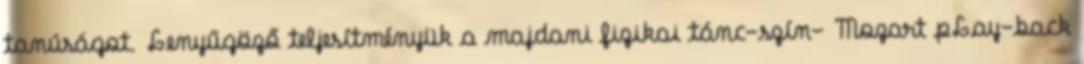
tanúságot. Lenyűgöző teljesítményük a majdani fizikai tánc-szín- Mozart pLay-back